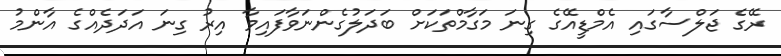
ރޭގެ ޖަލްސާގައި އެމްޑީއޭގެ ގިނަ މަގާމްތަކަށް ބަދަލުގެންނަވާފައިވާ އިރު ގިނަ އަދަދެއްގެ އާންމު